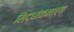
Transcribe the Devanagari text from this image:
सिद्धांकनाला